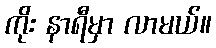
ကိုး နာရီမှာ လာမယ်။